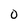
Character: o